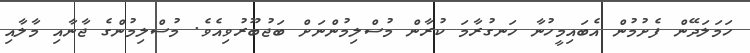
ހަމަލަދޭން ފެށުމުން އެބައިމީހުނާ ހަނގުރާމަ ކުރާން މުސްލިމުންނަށް ބަޖުބޫރުވިއެވެ. މުސްލިމުންގެ ޖާނާއި މާލާއި